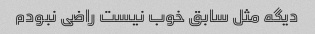
دیگه مثل سابق خوب نیست راضی نبودم